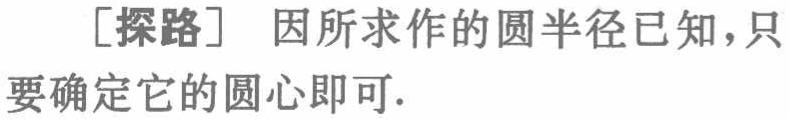
[探路] 因所求作的圆半径已知，只要确定它的圆心即可.